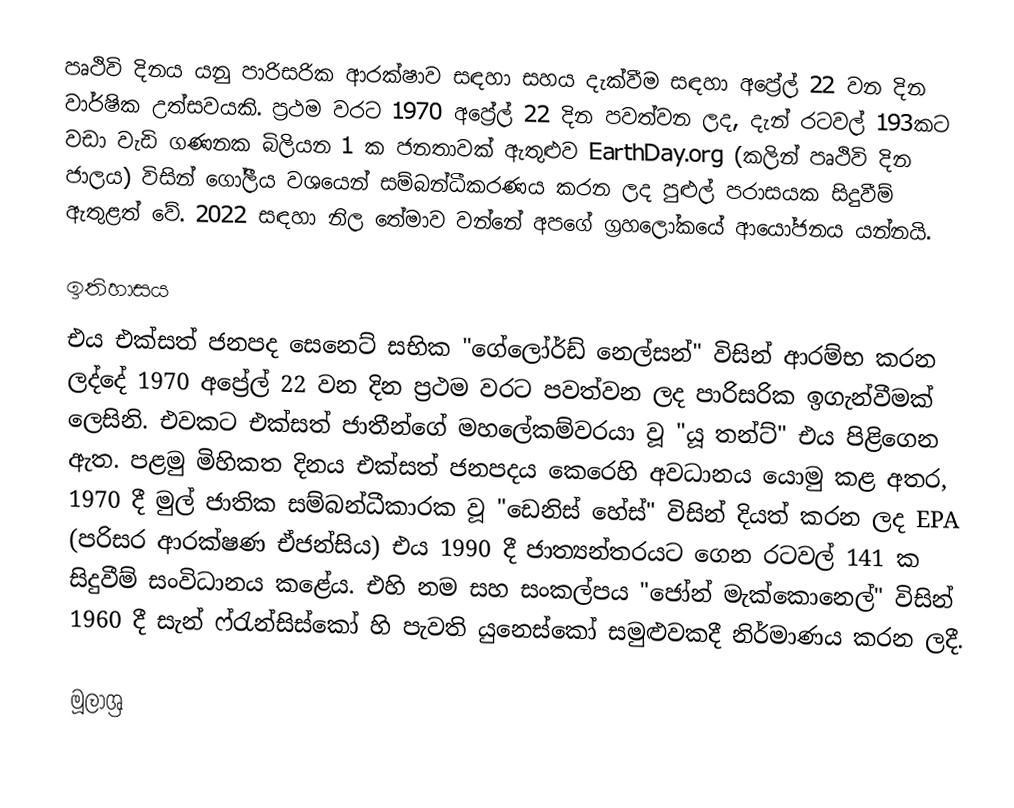
පෘථිවි දිනය යනු පාරිසරික ආරක්ෂාව සඳහා සහය දැක්වීම සඳහා අප්‍රේල් 22 වන දින වාර්ෂික උත්සවයකි. ප්‍රථම වරට 1970 අප්‍රේල් 22 දින පවත්වන ලද, දැන් රටවල් 193කට වඩා වැඩි ගණනක බිලියන 1 ක ජනතාවක් ඇතුළුව EarthDay.org (කලින් පෘථිවි දින ජාලය) විසින් ගෝලීය වශයෙන් සම්බන්ධීකරණය කරන ලද පුළුල් පරාසයක සිදුවීම් ඇතුළත් වේ. 2022 සඳහා නිල තේමාව වන්නේ අපගේ ග්‍රහලෝකයේ ආයෝජනය යන්නයි.

ඉතිහාසය
එය එක්සත් ජනපද සෙනෙට් සභික "ගේලෝර්ඩ් නෙල්සන්" විසින් ආරම්භ කරන ලද්දේ 1970 අප්‍රේල් 22 වන දින ප්‍රථම වරට පවත්වන ලද පාරිසරික ඉගැන්වීමක් ලෙසිනි. එවකට එක්සත් ජාතීන්ගේ මහලේකම්වරයා වූ "යූ තන්ට්" එය පිළිගෙන ඇත. පළමු මිහිකත දිනය එක්සත් ජනපදය කෙරෙහි අවධානය යොමු කළ අතර, 1970 දී මුල් ජාතික සම්බන්ධීකාරක වූ "ඩෙනිස් හේස්" විසින් දියත් කරන ලද EPA (පරිසර ආරක්ෂණ ඒජන්සිය) එය 1990 දී ජාත්‍යන්තරයට ගෙන රටවල් 141 ක සිදුවීම් සංවිධානය කළේය. එහි නම සහ සංකල්පය "ජෝන් මැක්කොනෙල්" විසින් 1960 දී සැන් ෆ්රැන්සිස්කෝ හි පැවති යුනෙස්කෝ සමුළුවකදී නිර්මාණය කරන ලදී.

මූලාශ්‍ර